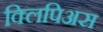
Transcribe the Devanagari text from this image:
क्लिपिअस